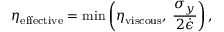
\eta _ { \mathrm { e f f e c t i v e } } = \operatorname* { m i n } \left( \eta _ { \mathrm { v i s c o u s } } , \: \frac { \sigma _ { y } } { 2 \dot { \epsilon } } \right) ,